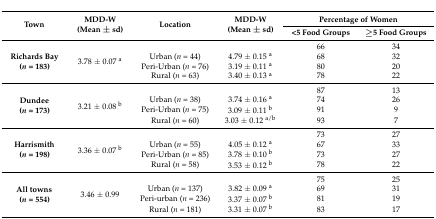
<table><thead><tr><td rowspan="2"><b>Town</b></td><td rowspan="2"><b>MDD-W (Mean ± sd)</b></td><td rowspan="2"><b>Location</b></td><td rowspan="2"><b>MDD-W (Mean ± sd)</b></td><td colspan="2"><b>Percentage of Women</b></td></tr><tr><td><b>&lt;5 Food Groups</b></td><td><b>≥5 Food Groups</b></td></tr></thead><tbody><tr><td rowspan="4"><b>Richards Bay</b><b>(<i>n</i> = 183)</b></td><td rowspan="4">3.78 ± 0.07 <sup>a</sup></td><td></td><td></td><td>66</td><td>34</td></tr><tr><td>Urban (<i>n</i> = 44)</td><td>4.79 ± 0.15 <sup>a</sup></td><td>68</td><td>32</td></tr><tr><td>Peri-Urban (<i>n</i> = 76)</td><td>3.19 ± 0.11 <sup>a</sup></td><td>80</td><td>20</td></tr><tr><td>Rural (<i>n</i> = 63)</td><td>3.40 ± 0.13 <sup>a</sup></td><td>78</td><td>22</td></tr><tr><td rowspan="4"><b>Dundee</b><b>(<i>n</i> = 173)</b></td><td rowspan="4">3.21 ± 0.08 <sup>b</sup></td><td></td><td></td><td>87</td><td>13</td></tr><tr><td>Urban (<i>n</i> = 38)</td><td>3.74 ± 0.16 <sup>a</sup></td><td>74</td><td>26</td></tr><tr><td>Peri-Urban (<i>n</i> = 75)</td><td>3.09 ± 0.11 <sup>b</sup></td><td>91</td><td>9</td></tr><tr><td>Rural (<i>n</i> = 60)</td><td>3.03 ± 0.12 <sup>a/b</sup></td><td>93</td><td>7</td></tr><tr><td rowspan="4"><b>Harrismith</b><b>(<i>n</i> = 198)</b></td><td rowspan="4">3.36 ± 0.07 <sup>b</sup></td><td></td><td></td><td>73</td><td>27</td></tr><tr><td>Urban (<i>n</i> = 55)</td><td>4.05 ± 0.12 <sup>a</sup></td><td>67</td><td>33</td></tr><tr><td>Peri-Urban (<i>n</i> = 85)</td><td>3.78 ± 0.10 <sup>b</sup></td><td>73</td><td>27</td></tr><tr><td>Rural (<i>n</i> = 58)</td><td>3.53 ± 0.12 <sup>b</sup></td><td>78</td><td>22</td></tr><tr><td rowspan="4"><b>All towns</b><b>(<i>n</i> = 554)</b></td><td rowspan="4">3.46 ± 0.99</td><td></td><td></td><td>75</td><td>25</td></tr><tr><td>Urban (<i>n</i> = 137)</td><td>3.82 ± 0.09 <sup>a</sup></td><td>69</td><td>31</td></tr><tr><td>Peri-urban (<i>n</i> = 236)</td><td>3.37 ± 0.07 <sup>b</sup></td><td>81</td><td>19</td></tr><tr><td>Rural (<i>n</i> = 181)</td><td>3.31 ± 0.07 <sup>b</sup></td><td>83</td><td>17</td></tr></tbody></table>